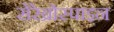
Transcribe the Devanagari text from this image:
सेरेब्रोस्पाइन